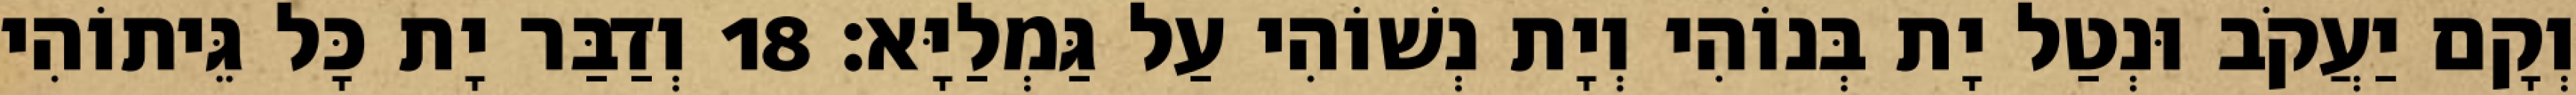
וְקָם יַעֲקֹב וּנְטַל יָת בְּנוֹהִי וְיָת נְשׁוֹהִי עַל גַּמְלַיָּא׃ 18 וְדַבַּר יָת כָּל גֵּיתוֹהִי